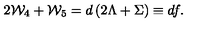
2 { \cal W } _ { 4 } + { \cal W } _ { 5 } = d \left( 2 \Lambda + \Sigma \right) \equiv d f .